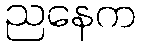
ညနေက